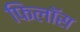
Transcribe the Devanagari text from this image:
फिलॉस